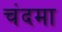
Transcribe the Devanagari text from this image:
चंदमा